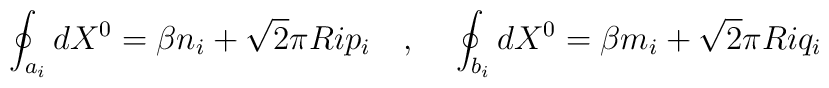
\oint_{a_i}dX^0=\beta n_i+\sqrt{2}\pi Ri p_i~~~,~~~\oint_{b_i}dX^0=\beta m_i+\sqrt{2}\pi Ri q_i